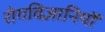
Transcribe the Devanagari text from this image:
रोगविज्ञानियों